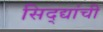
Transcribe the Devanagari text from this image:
सिद्द्यांची